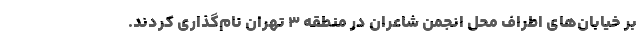
بر خیابان‌های اطراف محل انجمن شاعران در منطقه ۳ تهران نام‌گذاری کردند.